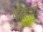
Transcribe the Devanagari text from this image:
पाटिलक्या